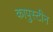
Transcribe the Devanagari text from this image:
कापुस्टीन